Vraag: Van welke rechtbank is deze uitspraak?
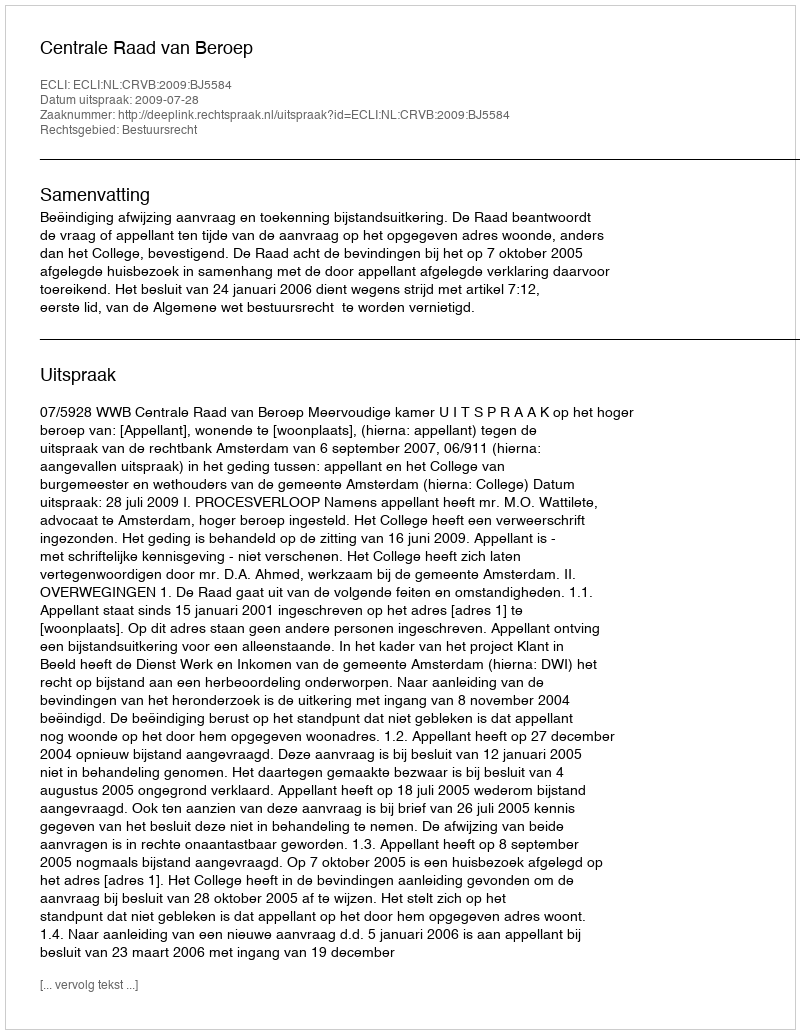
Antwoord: Centrale Raad van Beroep